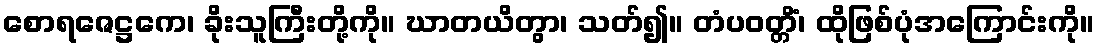
စောရဇေဋ္ဌကေ၊ ခိုးသူကြီးတို့ကို။ ဃာတယိတွာ၊ သတ်၍။ တံပဝတ္တိံ၊ ထိုဖြစ်ပုံအကြောင်းကို။